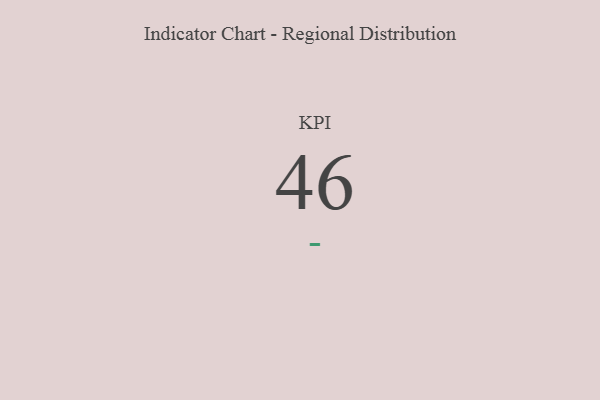
{"axis": {"x": "KPI", "y": "Value"}, "legend": [""], "data": [{"x": "KPI", "y": 46, "type": ""}]}